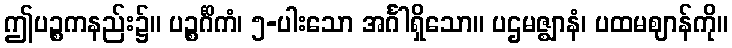
ဤပဉ္စကနည်း၌။ ပဉ္စင်္ဂိကံ၊ ၅-ပါးသော အင်္ဂါရှိသော။ ပဌမဇ္ဈာနံ၊ ပထမဈာန်ကို။